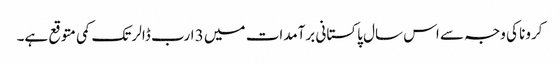
کرونا کی وجہ سے اس سال پاکستانی برآمدات میں 3 ارب ڈالر تک کمی متوقع ہے۔